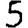
Digit: 5